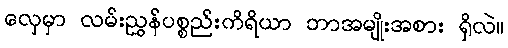
လှေမှာ လမ်းညွှန်ပစ္စည်းကိရိယာ ဘာအမျိုးအစား ရှိလဲ။